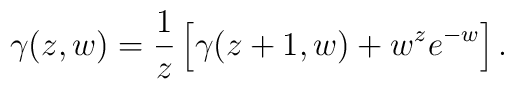
\gamma(z, w) =\frac{1}{z} \left[ \gamma(z + 1, w) + w^z e^{-w} \right].